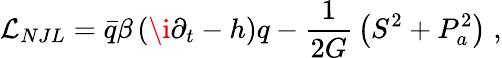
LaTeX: \mathcal{L}_{NJL}=\bar{q}\beta\left(\i\partial_{t}-h\right)q-{\frac{1}{2G}}\left(S^{2}+P_{a}^{2}\right)\; ,